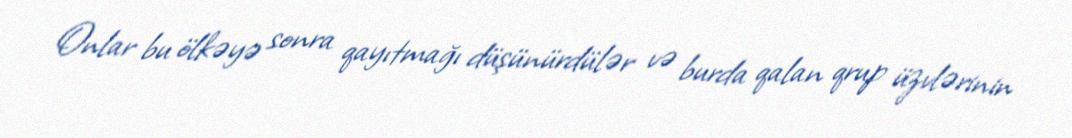
Onlar bu ölkəyə sonra qayıtmağı düşünürdülər və burda qalan qrup üzvlərinin